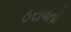
ઠરાવતી